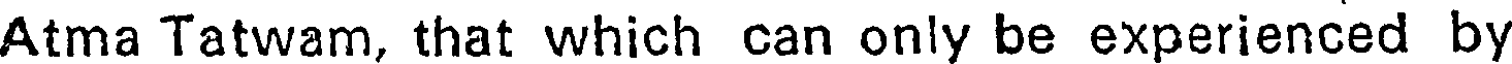
Atma Tatwam, that which can only be experienced by